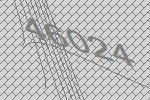
46024